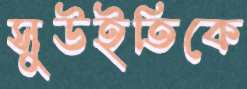
সুউইতিকে